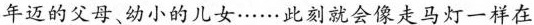
年迈的父母幼小的儿女……此刻就会像走马灯一样在